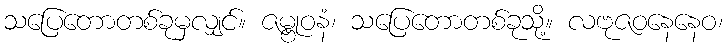
သပြေတောတစ်ခုမှလျှင်။ ဇမ္ဗုဝနံ၊ သပြေတောတစ်ခုသို့။ လဗုဇဝနေနေဝ၊